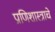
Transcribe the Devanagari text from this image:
प्राणिशास्त्राचे